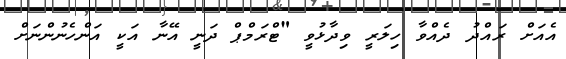
އެއަށް ރައްދު ދެއްވާ ހިލަރީ ވިދާޅުވީ "ޓްރަމްޕް ދަނީ އޭނާ އަކީ އަންހެނުންނަށް